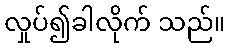
လှုပ်၍ခါလိုက် သည်။